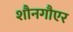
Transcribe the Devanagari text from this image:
शौनगौएर